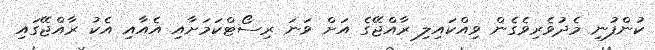
ކުންފުނި މެދުވެރިވެގެން ވިއްކައިލި ރާއްޖޭގެ އަށް ވަނަ ރިސޯޓްކަމަށާއި އެއާއި އެކު ރާއްޖޭގައި